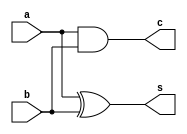
`timescale 1ns / 1ps
//////////////////////////////////////////////////////////////////////////////////
// Company: 
// Engineer: 
// 
// Design Name: 
// Module Name: half_adder
// Project Name: 
// Target Devices: 
// Tool Versions: 
// Description: 
// 
// Dependencies: 
// 
// Revision:
// Revision 0.01 - File Created
// Additional Comments:
// 
//////////////////////////////////////////////////////////////////////////////////


module half_adder(
    input wire a,b,
    output wire s,c
);

    assign s = a ^ b;
    assign c = a & b;

endmodule